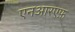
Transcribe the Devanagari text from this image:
एनआरएफ़